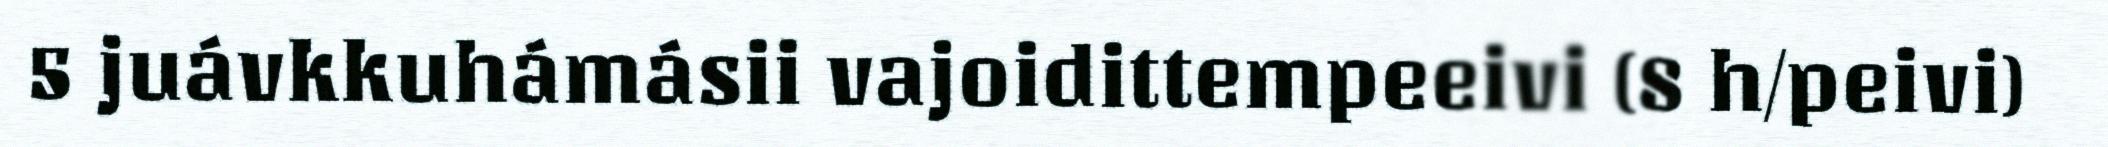
5 juávkkuhámásii vajoidittempeeivi (8 h/peivi)